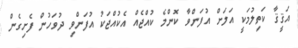
އަޤީޤާ ކަތިލުމަކީ އަލަށް އުފަންވާ ކޮންމެ ކުއްޖެއް އެކުއްޖަކު އުފަންވި ދުވަހުން ފެށިގެން